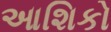
આશિકો